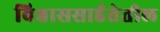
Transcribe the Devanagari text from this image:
विश्वाससार्हतेतील